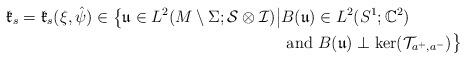
LaTeX: \begin{align*}\mathfrak{k}_s=\mathfrak{k}_s(\xi,\hat{\psi})\in \big\{\mathfrak{u}\in L^2(M\setminus\Sigma;\mathcal{S}\otimes\mathcal{I})\big|&B(\mathfrak{u})\in L^2(S^1;\mathbb{C}^2)\\&\mbox{ and }B(\mathfrak{u})\perp \ker(\mathcal{T}_{a^+,a^-})\big\}\end{align*}